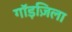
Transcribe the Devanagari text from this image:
गॉड़ज़िला